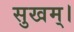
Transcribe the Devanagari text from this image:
सुखम्।